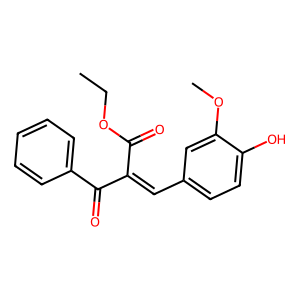
SMILES: CCOC(=O)C(=Cc1ccc(O)c(OC)c1)C(=O)c1ccccc1
Inhibits HIV replication: No